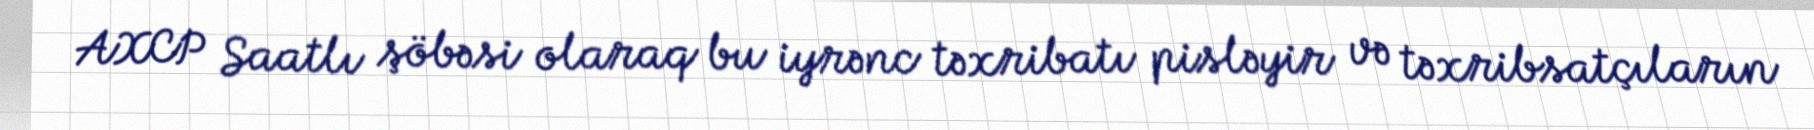
AXCP Saatlı şöbəsi olaraq bu iyrənc təxribatı pisləyir və təxribsatçıların